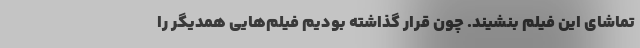
تماشای این فیلم بنشیند. چون قرار گذاشته بودیم فیلم‌هایی همدیگر را